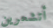
أتشعرين